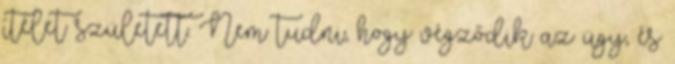
ítélet született. Nem tudni, hogy végződik az ügy, és